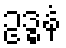
ဥဒ္ဓနံ